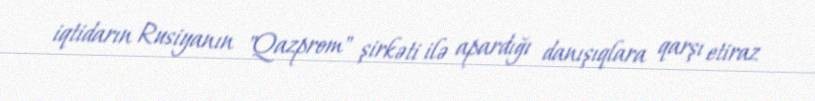
iqtidarın Rusiyanın "Qazprom" şirkəti ilə apardığı danışıqlara qarşı etiraz